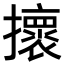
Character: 𢸬